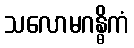
သလောမဂန္ဓိကံ